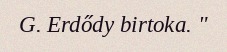
G. Erdődy birtoka. "